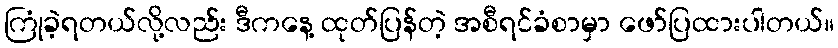
ကြုံခဲ့ရတယ်လို့လည်း ဒီကနေ့ ထုတ်ပြန်တဲ့ အစီရင်ခံစာမှာ ဖော်ပြထားပါတယ်။